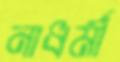
নাধর্মী